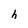
Character: h